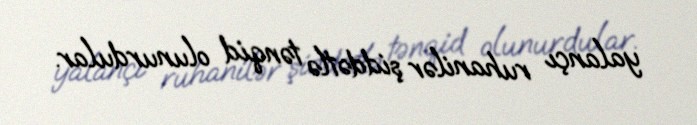
yalançı ruhanilər şiddətlə tənqid olunurdular.